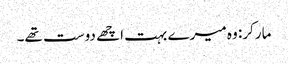
مارکر: وہ میرے بہت اچھے دوست تھے۔